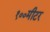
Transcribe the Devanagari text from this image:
१००मीटर